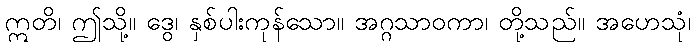
ဣတိ၊ ဤသို့။ ဒွေ၊ နှစ်ပါးကုန်သော။ အဂ္ဂသာဝကာ၊ တို့သည်။ အဟေသုံ၊